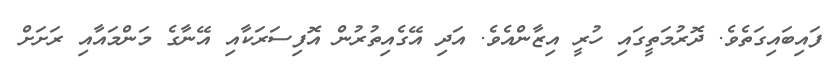
ފައިބައިގަތެވެ. ދޮރުމަތީގައި ހުރީ އިޒާންއެވެ. އަދި އޭގެއިތުރުން އޮފިސަރަކާއި އޭނާގެ މަންމައާއި ރަށަށް